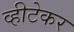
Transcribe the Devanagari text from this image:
व्हीटेकर